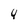
Character: 4